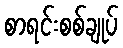
စာရင်းစစ်ချုပ်